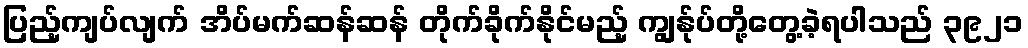
ပြည့်ကျပ်လျက် အိပ်မက်ဆန်ဆန် တိုက်ခိုက်နိုင်မည့် ကျွန်ုပ်တို့တွေ့ခဲ့ရပါသည် ၃၉၂၁